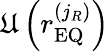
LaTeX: \mathfrak{U}\left(r_{\mathrm{EQ}}^{\left(j_{R}\right)}\right)